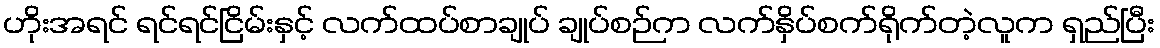
ဟိုးအရင် ရင်ရင်ငြိမ်းနှင့် လက်ထပ်စာချုပ် ချုပ်စဉ်က လက်နှိပ်စက်ရိုက်တဲ့လူက ရှည်ပြီး